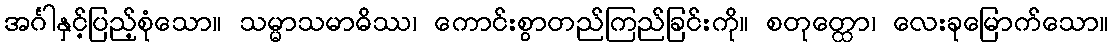
အင်္ဂါနှင့်ပြည့်စုံသော။ သမ္မာသမာဓိဿ၊ ကောင်းစွာတည်ကြည်ခြင်းကို။ စတုတ္ထော၊ လေးခုမြောက်သော။